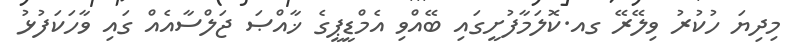
މިދިޔަ ހުކުރު ވިލޭރޭ ގއ.ކޮލަމާފުށީގައި ބޭއްވި އެމްޑީޕީގެ ޚާއްޞަ ޖަލްސާއެއް ގައި ވާހަކަފުޅު